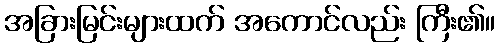
အခြားမြင်းများထက် အကောင်လည်း ကြီး၏။